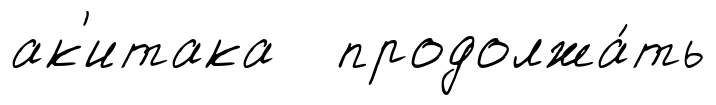
ак'итака продолжа́ть